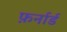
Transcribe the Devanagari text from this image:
फ़र्नार्ड